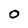
Character: O